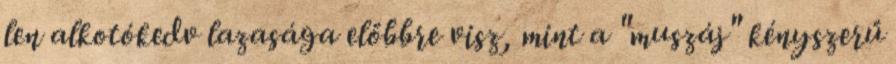
len alkotókedv lazasága előbbre visz, mint a "muszáj" kényszerű